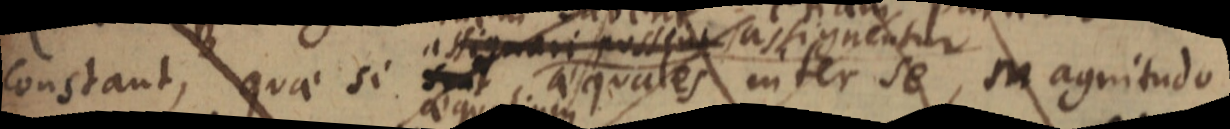
constant, quae si _ aequales inter se, magnitudo